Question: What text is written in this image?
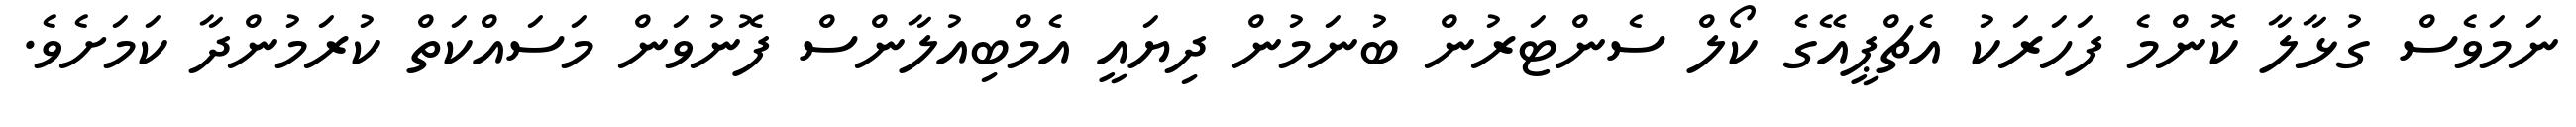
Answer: ނަމަވެސް ގުޅާލާ ކޮންމެ ފަހަރަކު އެޗްޕީއޭގެ ކޯލް ސެންޓަރުން ބުނަމުން ދިޔައީ އެމްބިއުލާންސް ފޮނުވަން މަސައްކަތް ކުރަމުންދާ ކަމަށެވެ.